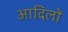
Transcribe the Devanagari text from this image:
आदिलों